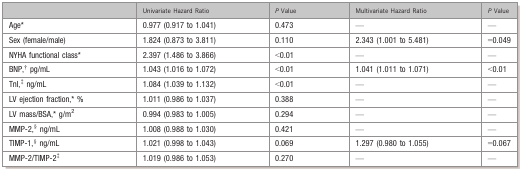
|  | Univariate Hazard Ratio | P Value | Multivariate Hazard Ratio | P Value |
 | --- | --- | --- | --- | --- |
 | Age* | 0.977 (0.917 to 1.041) | 0.473 | — | — |
 | Sex (female/male) | 1.824 (0.873 to 3.811) | 0.110 | 2.343 (1.001 to 5.481) | =0.049 |
 | NYHA functional class* | 2.397 (1.486 to 3.866) | <0.01 | — | — |
 | BNP,§ pg/mL | 1.043 (1.016 to 1.072) | <0.01 | 1.041 (1.011 to 1.071) | <0.01 |
 | TnI,§ ng/mL | 1.084 (1.039 to 1.132) | <0.01 | — | — |
 | LV ejection fraction,* % | 1.011 (0.986 to 1.037) | 0.388 | — | — |
 | LV mass/BSA,* g/m2 | 0.994 (0.983 to 1.005) | 0.294 | — | — |
 | MMP‐2,§ ng/mL | 1.008 (0.988 to 1.030) | 0.421 | — | — |
 | TIMP‐1,§ ng/mL | 1.021 (0.998 to 1.043) | 0.069 | 1.297 (0.980 to 1.055) | =0.067 |
 | MMP‐2/TIMP‐2§ | 1.019 (0.986 to 1.053) | 0.270 | — | — |